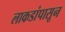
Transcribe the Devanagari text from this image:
लाकडांपासून